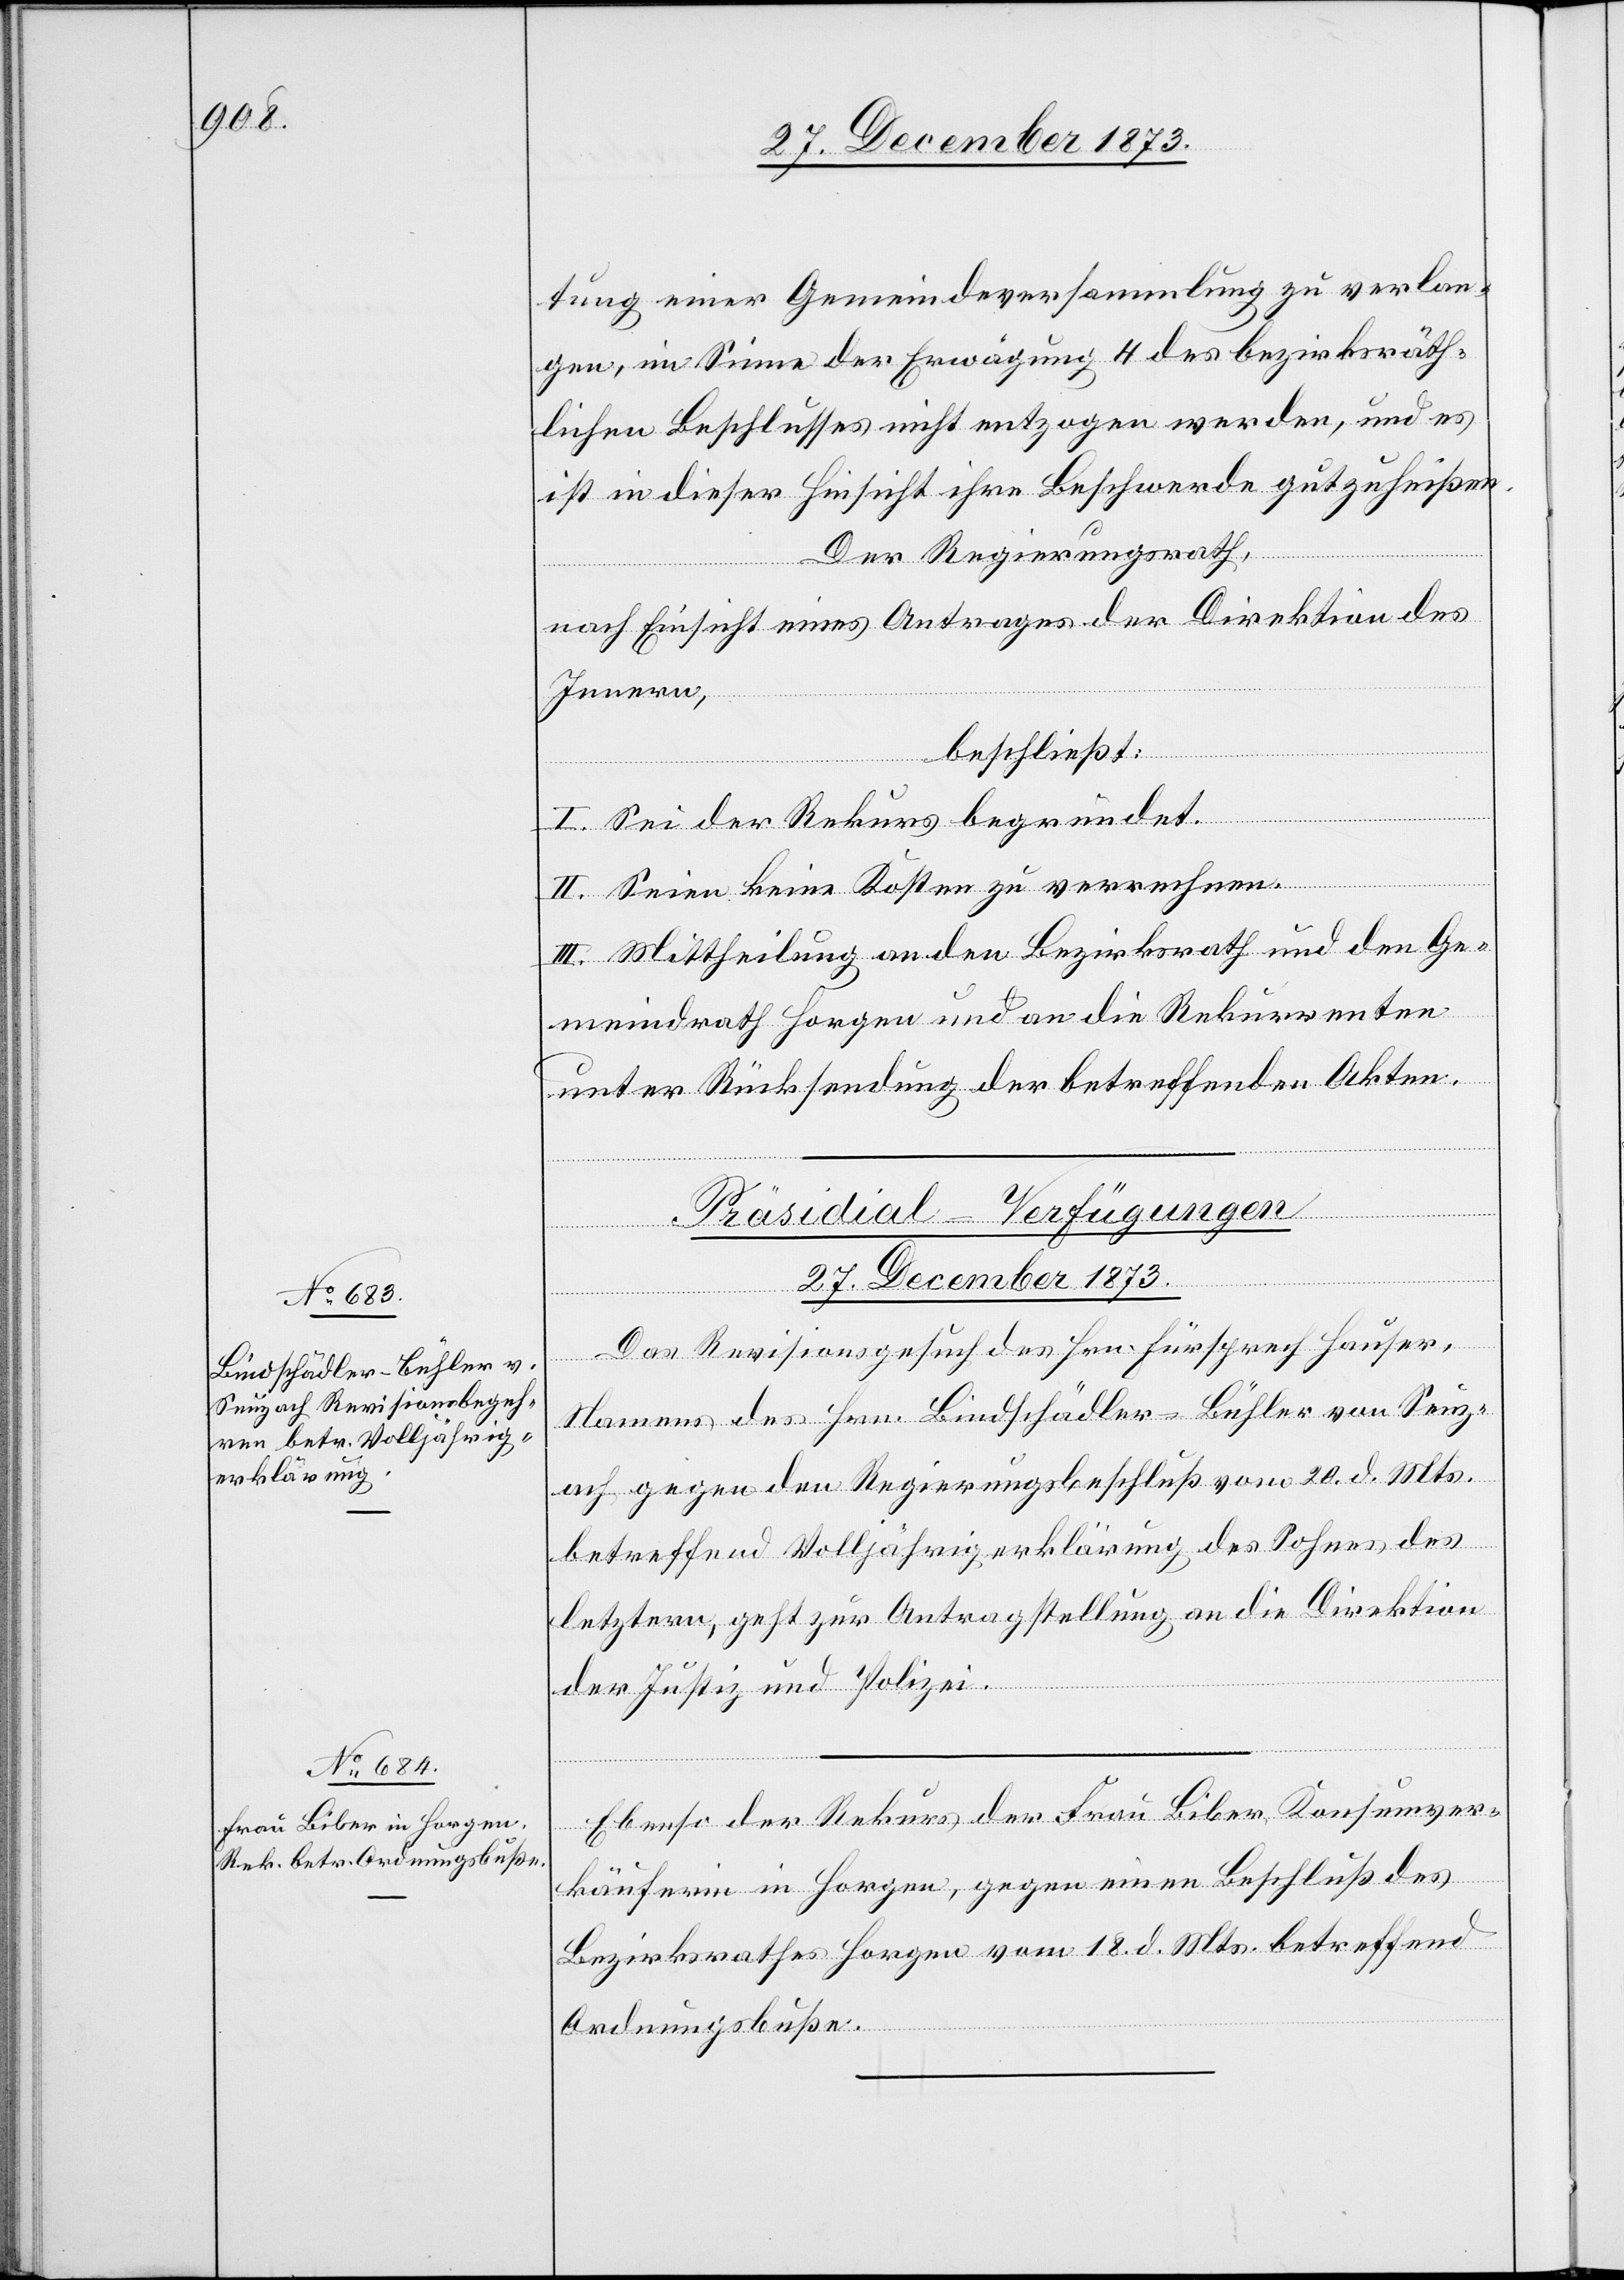
27. December 1873.]
tung einer Gemeindeversammlung zu verlan¬
gen, im Sinne der Erwägung 4 des bezirksräth¬
lichen Beschlusses nicht entzogen werden, und es
ist in dieser Hinsicht ihre Beschwerde gutzuheißen.
Der Regierungsrath,
nach Einsicht eines Antrages der Direktion des
Innern,
beschließt:
I. Sei der Rekurs begründet.
II. Seien keine Kosten zu verrechnen.
III. Mittheilung an den Bezirksrath und den Ge¬
meindrath Horgen und an die Rekurrenten
unter Rücksendung der betreffenden Akten.
[Präsidial-Verfügungen
[Fortsetzung
Das Revisionsgesuch des Hrn. Fürsprech Hauser,
Namens des Hrn. Bindschädler-Bühler von Seuz¬
ach gegen den Regierungsbeschluß vom 20. d. Mts.
betreffend Volljährigerklärung des Sohnes des
letztern, geht zur Antragstellung an die Direktion
der Justiz und Polizei.
Ebenso der Rekurs der Frau Biber, Konsumver¬
käuferin in Horgen, gegen einen Beschluß des
Bezirksrathes Horgen vom 18. d. Mts. betreffend
Ordnungsbuße.